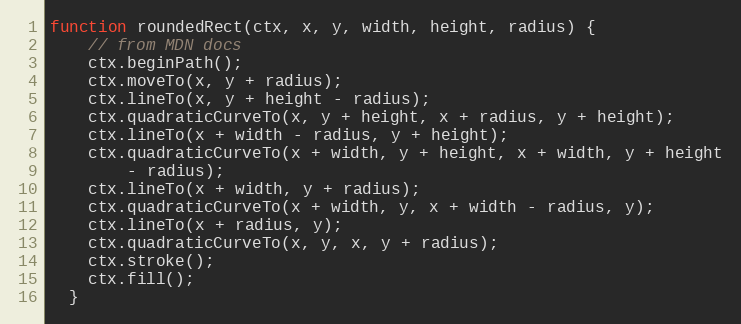
Language: JavaScript
function roundedRect(ctx, x, y, width, height, radius) {
    // from MDN docs
    ctx.beginPath();
    ctx.moveTo(x, y + radius);
    ctx.lineTo(x, y + height - radius);
    ctx.quadraticCurveTo(x, y + height, x + radius, y + height);
    ctx.lineTo(x + width - radius, y + height);
    ctx.quadraticCurveTo(x + width, y + height, x + width, y + height
        - radius);
    ctx.lineTo(x + width, y + radius);
    ctx.quadraticCurveTo(x + width, y, x + width - radius, y);
    ctx.lineTo(x + radius, y);
    ctx.quadraticCurveTo(x, y, x, y + radius);
    ctx.stroke();
    ctx.fill();
  }